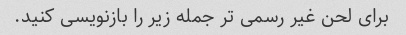
برای لحن غیر رسمی تر جمله زیر را بازنویسی کنید.